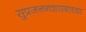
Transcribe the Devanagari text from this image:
सुप्रजननशास्त्राच्या